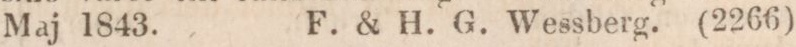
Maj 1843.    F. & H. G. Wessberg. (2266)